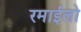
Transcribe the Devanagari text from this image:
रमाईलो